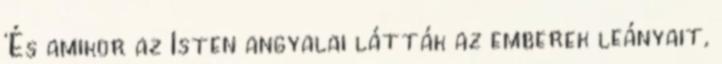
‘És amikor az Isten angyalai látták az emberek leányait,